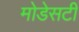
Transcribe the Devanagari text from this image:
मोडेसटी